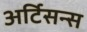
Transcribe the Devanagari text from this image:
अर्टिसन्स